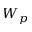
W _ { p }